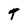
Character: t